Annual administration report of the Civil Veterinary Department of India - 1902-1903
Year: 1902
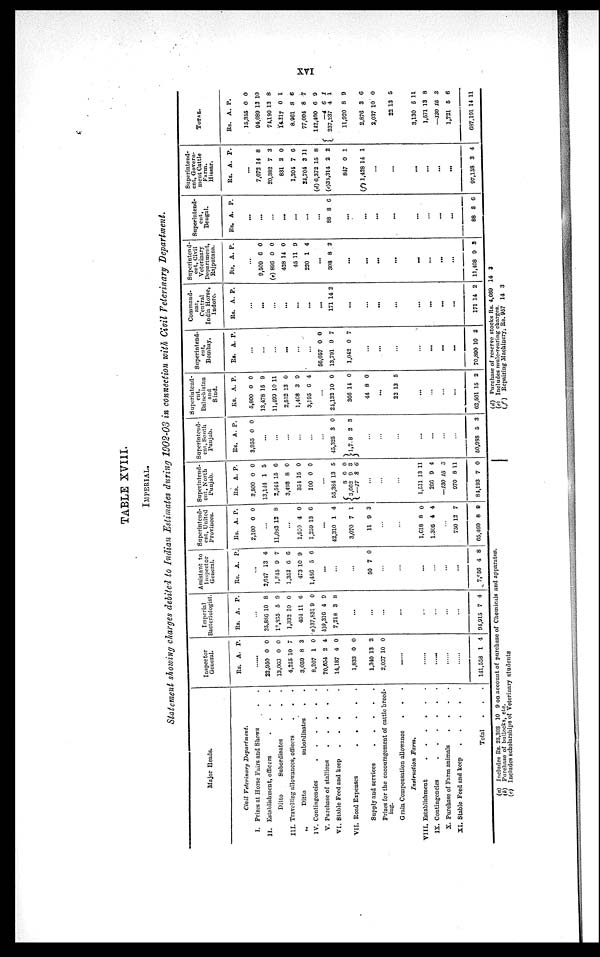
XVI
TABLE XVIII.
IMPERIAL.
Statement showing charges debited to Indian Estimates during 1902-03 in connection with Civil Veterinary Department.
Major Heads.
Civil Veterinary
Department.
I. Prizes at Horse Fairs and Shows . .
II. Establishment, officers
.
.
.
.
Ditto
Subordinates . . .
III. Travelling allowances, officers . . .
„
Ditto
subordinates
. .
IV. Contingencies
.
.
.
.
.
.
V. Purchase of stallions
.
.
.
.
.
VI. Stable Feed and keep
.
.
. .
VII. Road Expenses
.
.
.
.
.
Supply and services
.
.
.
.
.
Prizes for the encouragement of cattle breed-
ing.
Grain Compensation allowance
. . .
Instruction
Farm.
VIII. Establishment . . . . ..
IX. Contingencies
.
.
.
.
.
.
X. Purchase of Farm animals
.
.
.
.
XI. Stable Feed and keep
.
.
.
.
.
Total . . .
Inspector
General.
Rs.
A. P.
.....
22,950
13,063
4,225
3,059
8,207
70,654
14,187
1,833
1,340
2,037
0
0
10
8
1
2
4
0
13
10
0
0
7
3
0
4
0
0
2
0
......
......
......
......
......
141,558 1 4
Imperial
Bacteriologist.
Rs.
A. P.
...
25,886
12,865
1,332
464
(a)37,831
(b)9,316
7,218
10
5
10
11
9
4
3
8
9
0
6
0
9
8
...
...
...
...
...
...
...
...
94,915 7 4
Assistant to
Inspector
General.
Rs. A. P.
...
2,647
1,845
1,352
473
1,486
13
9
0
10
5
4
7
0
9
6
...
...
...
50 7 0
...
...
...
...
...
...
7,956 4 8
Superintend
ent, United
Provinces.
Rs. A. P.
2,100 0 0
...
11,083 13 8
...
1,930
1,259
4
13
0
6
...
42,310
3,070
11
1
7
9
4
1
3
...
...
1,618
1,305
8
4
0
4
...
750
65,460
12
8
7
0
Superintend
ent, North
Punjab.
Rs. A. P.
3.500
13,144
2,514
3,498
351
100
0
1
15
8
15
0
0
5
6
0
0
0
...
55,384
8
3,662
( —17
13
0
9
8
5
0
3
6
...
...
...
1,511
266
—130
970
84,193
13
9
15
8
7
11
4
3
11
0
Superintend
ent, South
Punjab.
Rs.
A. P.
3,955 0 0
...
...
...
...
...
...
45,325
1,7 8
3
2
0
3
...
...
...
...
...
...
...
60,988 5 3
Superintend
ent,
Baluchistan
and
Siud.
Rs. A. P.
5,800
13,478
11,499
2,552
1,408
3,195
...
24,132
366
44
0
15
10
13
3
6
10
14
8
0
9
11
0
9
4
0
0
0
...
22 13 5
...
...
...
...
62,501 15 2
Superintend
ent
Bombay.
Rs. A. P.
...
...
...
...
...
...
56,057
13,791
1,042
0
9
0
0
7
7
...
...
...
...
...
...
...
70,890 10 2
Command
ant
Central
India Horse
Indore.
Rs.
A. P.
...
...
...
...
...
...
...
171 14 2
...
...
...
...
...
...
...
...
171 14 2
Superintend
ent, Civil
Veterinary
Department
Rajputana.
Rs.
A. P.
...
9,509
(e) 896
438
45
220
6
0
14
11
1
0
0
0
9
4
...
308 8 2
...
...
...
...
...
...
...
...
11,408 9 3
Superintend
ent
Bengal.
Rs.
A. P.
...
...
...
...
...
...
...
88 8 6
...
...
...
...
...
...
...
...
88 8 6
Superintend
ent, Govern
ment Cattle
Farm.
Hissar
Rs.
A. P.
...
7,072
20,382
831
1,204
24,704
(d) 6,372
(c)34,314
847
(f) 1,428
14
7
2
7
3
15
2
0
14
8
3
0
6
11
8
2
1
1
...
...
...
...
...
...
97,158 3 4
TOTAL.
Rs.
A.
P.
15,355
94,689
74,190
14,217
8,961
77,004
142,400
—4
237,237
11,920
2,876
2,037
22
0
13
13
0
8
8
6
6
4
8
3
10
13
0
10
8
1
6
7
9
1
1
9
6
0
5
3,130
1,571
—130
1,721
687,191
5
13
15
5
14
11
8
3
6
11
(a) Includes Rs. 25,303 10 9 on account of purchase of Chemicals and apparatus.
(b) Purchase of bullocks, etc.
(c) Includes scholarships of Veterinary students
(d) Purchase of reserve stocks Rs. 4,669 14 3
(e) Includes mule-rearing charges.
(f) Repairing Machinery; Rs. 957 14 3